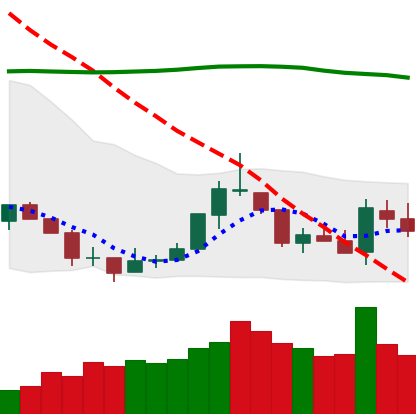
Ticker: TRX-USD
Chart end date: 2018-07-26
Forward return: -5.751%
Label: down_5_7